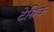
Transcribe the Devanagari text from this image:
टेश्निक